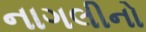
નાગલીનો